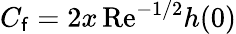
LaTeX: C_{\mathsf{f}}=2x\, \textrm{{Re}}^{-1/2}h(0)